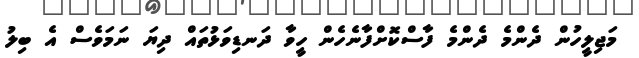
މަޖިލީހުން ދެންމެ ދެންމެ ފާސްކޮށްފާނެހެން ހީވާ ދަނޑިވަޅުތައް ދިޔަ ނަމަވެސް އެ ބިލު